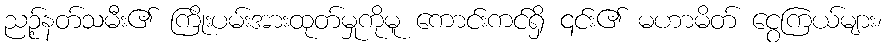
ညဉ့်နတ်သမီး၏ ကြိုးပမ်းအားထုတ်မှုကိုမူ ကောင်းကင်ရှိ ၎င်း၏ မဟာမိတ် ငွေကြယ်များ၊